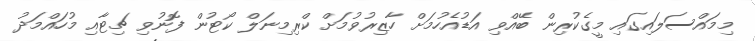
މިމައްސަލައިގައި މީގެކުރިން ބޭއްވި އަޑުއެހުމަށް ހާޒިރުވުމަށް ކްރިމިނަލް ކޯޓުން ފޮނުވި ޗިޓާއި މުހައްމަދު